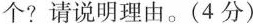
个?请说明理由。(4分)